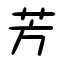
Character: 芳